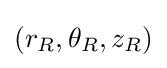
(r_{R},\theta _{R},z_{R})